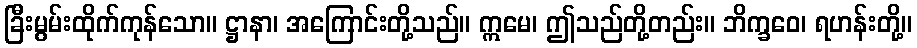
ခြီးမွမ်းထိုက်ကုန်သော။ ဋ္ဌာနာ၊ အကြောင်းတို့သည်။ ဣမေ၊ ဤသည်တို့တည်း။ ဘိက္ခဝေ၊ ရဟန်းတို့။